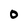
Character: 0